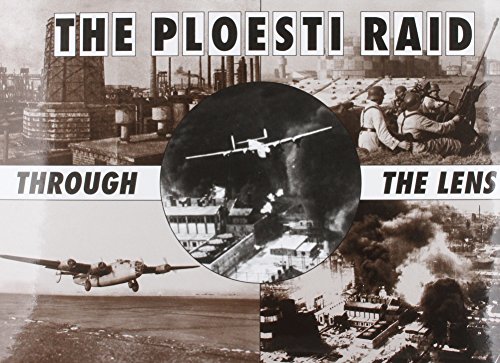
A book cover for The Ploesti Raid Through the Lens; Roger A. Freeman; History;